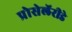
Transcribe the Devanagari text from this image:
प्रोसेलॅरीडे